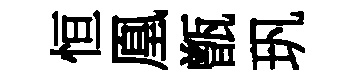
恒凰甑㺬